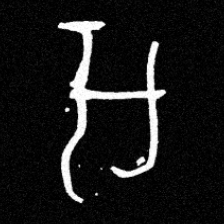
Pyu character \u2014 Myanmar letter: အ (romanized: a)